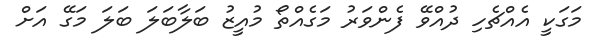
މަގަކީ އެއްޗެހި ދުުއްވޭ ފެންވަރު މަގެއްތޯ މުއީޒު ބަލާބަލަ ބަލަ މަގޭ އަށް